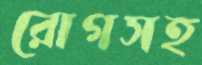
রোগসহ